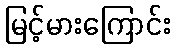
မြင့်မားကြောင်း